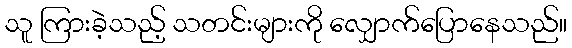
သူ ကြားခဲ့သည့် သတင်းများကို လျှောက်ပြောနေသည်။